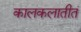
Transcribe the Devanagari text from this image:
कालकलातीतं